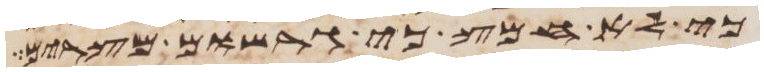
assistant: כי לא חמץ כי גרשום מצרים